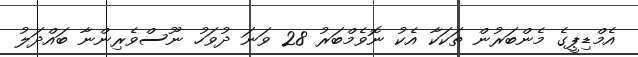
އެމްޑިޕީގެ މެންބަރުން ތަކަކާ އެކު ނޮވެމްބަރު 28 ވަނަ ދުވަހު ނޫސްވެރިންނާ ބައްދަލު